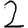
Digit: 2